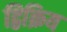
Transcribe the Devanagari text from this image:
द्विक्रिय